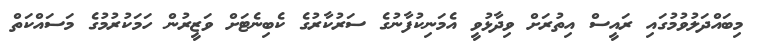
މިބައްދަލުވުމުގައި ރައީސް އިތުރަށް ވިދާޅުވީ އެމަނިކުފާނުގެ ސަރުކާރުގެ ކެބިނެޓަށް ވަޒީރުން ހަމަކުރުމުގެ މަސައްކަތް